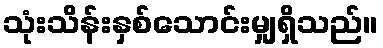
သုံးသိန်းနှစ်သောင်းမျှရှိသည်။